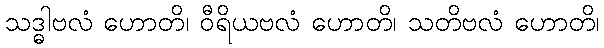
သဒ္ဓါဗလံ ဟောတိ၊ ဝီရိယဗလံ ဟောတိ၊ သတိဗလံ ဟောတိ၊